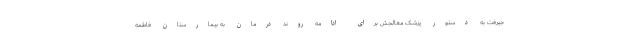
جیرفت به دستور پزشک معالجش برای ادامه روند درمان به بیمارستان فاطمه